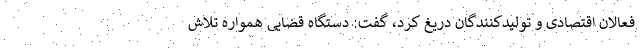
فعالان اقتصادی و تولیدکنندگان دریغ کرد، گفت: دستگاه قضایی همواره تلاش